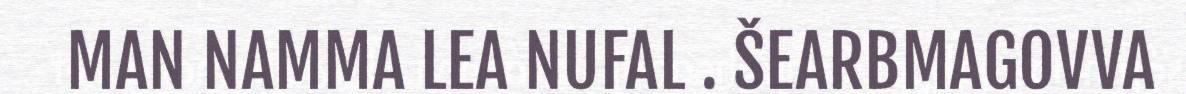
MAN NAMMA LEA NUFAL . ŠEARBMAGOVVA